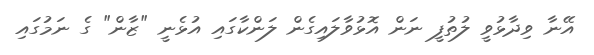
އޭނާ ވިދާޅުވީ ލުތުފީ ނަން އޮޅުވާލައިގެން ލަންކާގައި އުޅެނީ "ޒާން" ގެ ނަމުގައި